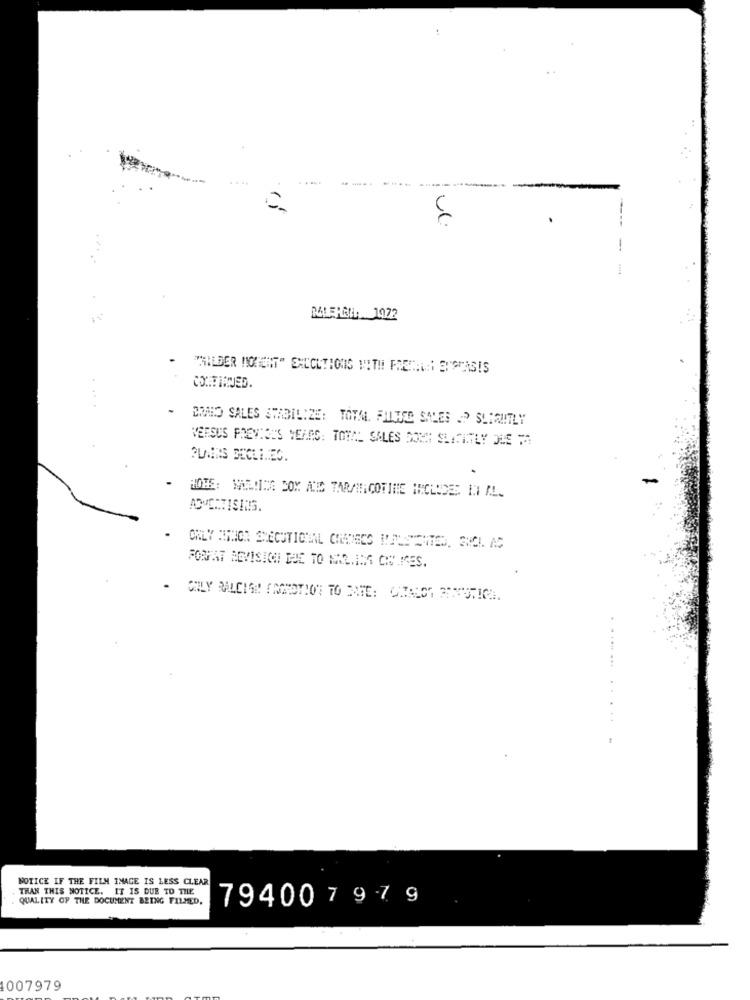
MLEHGL 1972
WHILDER MOMENT" EXECUTIONS WITH FRESHLEI BUSCASIS
CONTINUED.
EMHO SALES STABILIZE: TOTAL. FILTRO SALES P SLIGHTLY
VERSUS PREVIOUS YEARS: TOTAL SALES DOMM SLITITLY DUE TA
PLANS DECLINES.
-
HOHE: NAELING BOX ALD TARANICOTINE INCLUDES IN AL.
ADVERTISING.
.
FORFAT REVISIONI DUE TO MAR. INS CIN IES.
- CHILY RALEIGH ( NAOTIOT TO NIE: ONALOS PAYUTICA.
.....
NOTICE IF THE FILM IMAGE IS LESS CLEAR
THAN THIS NOTICE. IT IS DUE TO THE
QUALITY OF THE DOCUMENT BEING FILMED.
79400 7 97 9
1007979